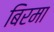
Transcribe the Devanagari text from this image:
बिरमा